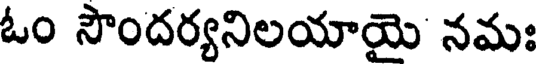
ఓం సౌందర్యనిలయాయె నమః